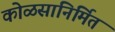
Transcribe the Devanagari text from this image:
कोळसानिर्मित